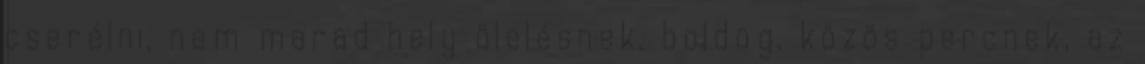
cserélni, nem marad hely ölelésnek, boldog, közös percnek, az